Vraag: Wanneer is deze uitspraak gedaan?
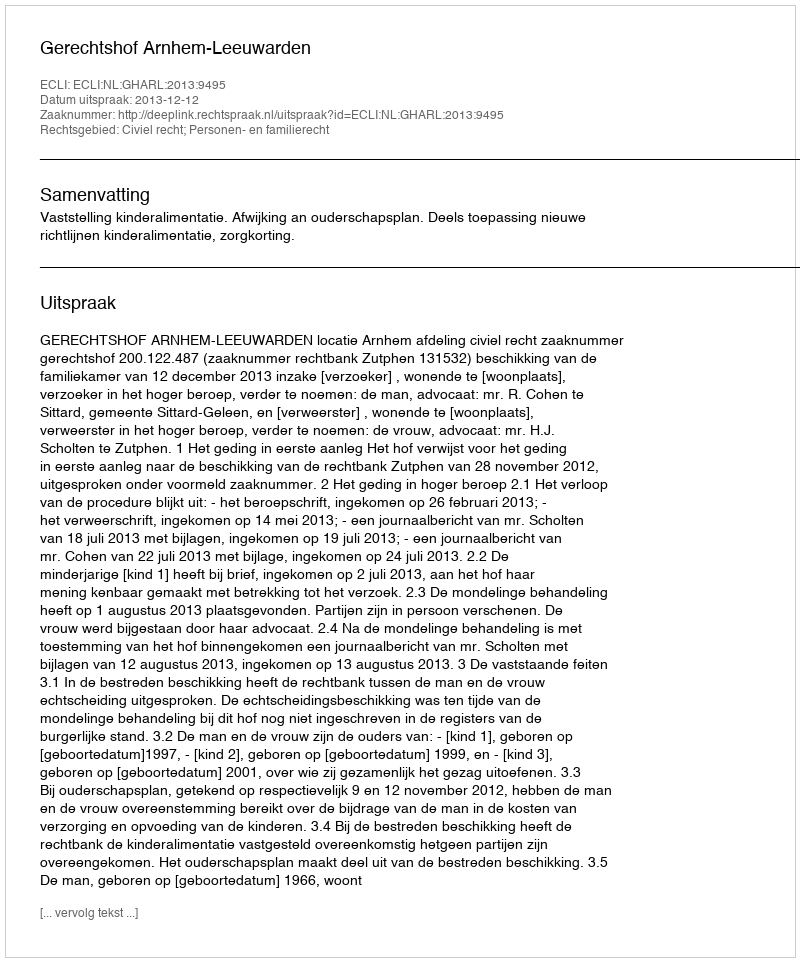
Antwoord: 2013-12-12